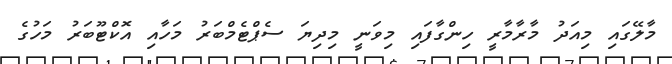
މާލޭގައި މިއަދު މާރާމާރީ ހިންގާފައި މިވަނީ މިދިޔަ ސެޕްޓެމްބަރު މަހާއި އޮކްޓޫބަރު މަހުގެ